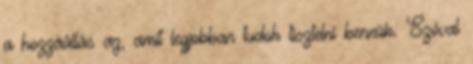
a hozzáállás az, amit legjobban tudok tisztelni bennük. Szóval